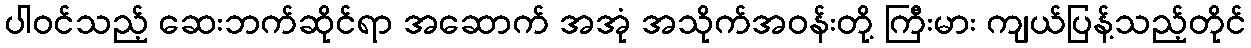
ပါဝင်သည့် ဆေးဘက်ဆိုင်ရာ အဆောက် အအုံ အသိုက်အဝန်းတို့ ကြီးမား ကျယ်ပြန့်သည့်တိုင်